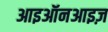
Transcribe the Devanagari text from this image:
आइऑनआइज़